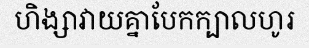
ហិង្សាវាយគ្នាបែកក្បាលហូរ